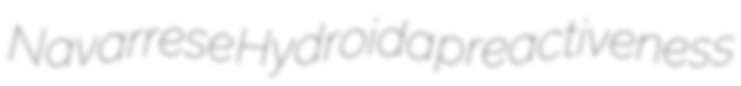
Navarrese Hydroida preactiveness